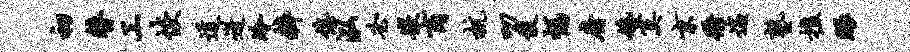
初替工恢道迸冷粹僖泓必嵌商杭叨伎幅府婚寞京衢遄塾樵眼